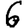
Digit: 6